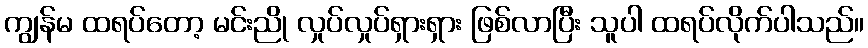
ကျွန်မ ထရပ်တော့ မင်းညို လှုပ်လှုပ်ရှားရှား ဖြစ်လာပြီး သူပါ ထရပ်လိုက်ပါသည်။